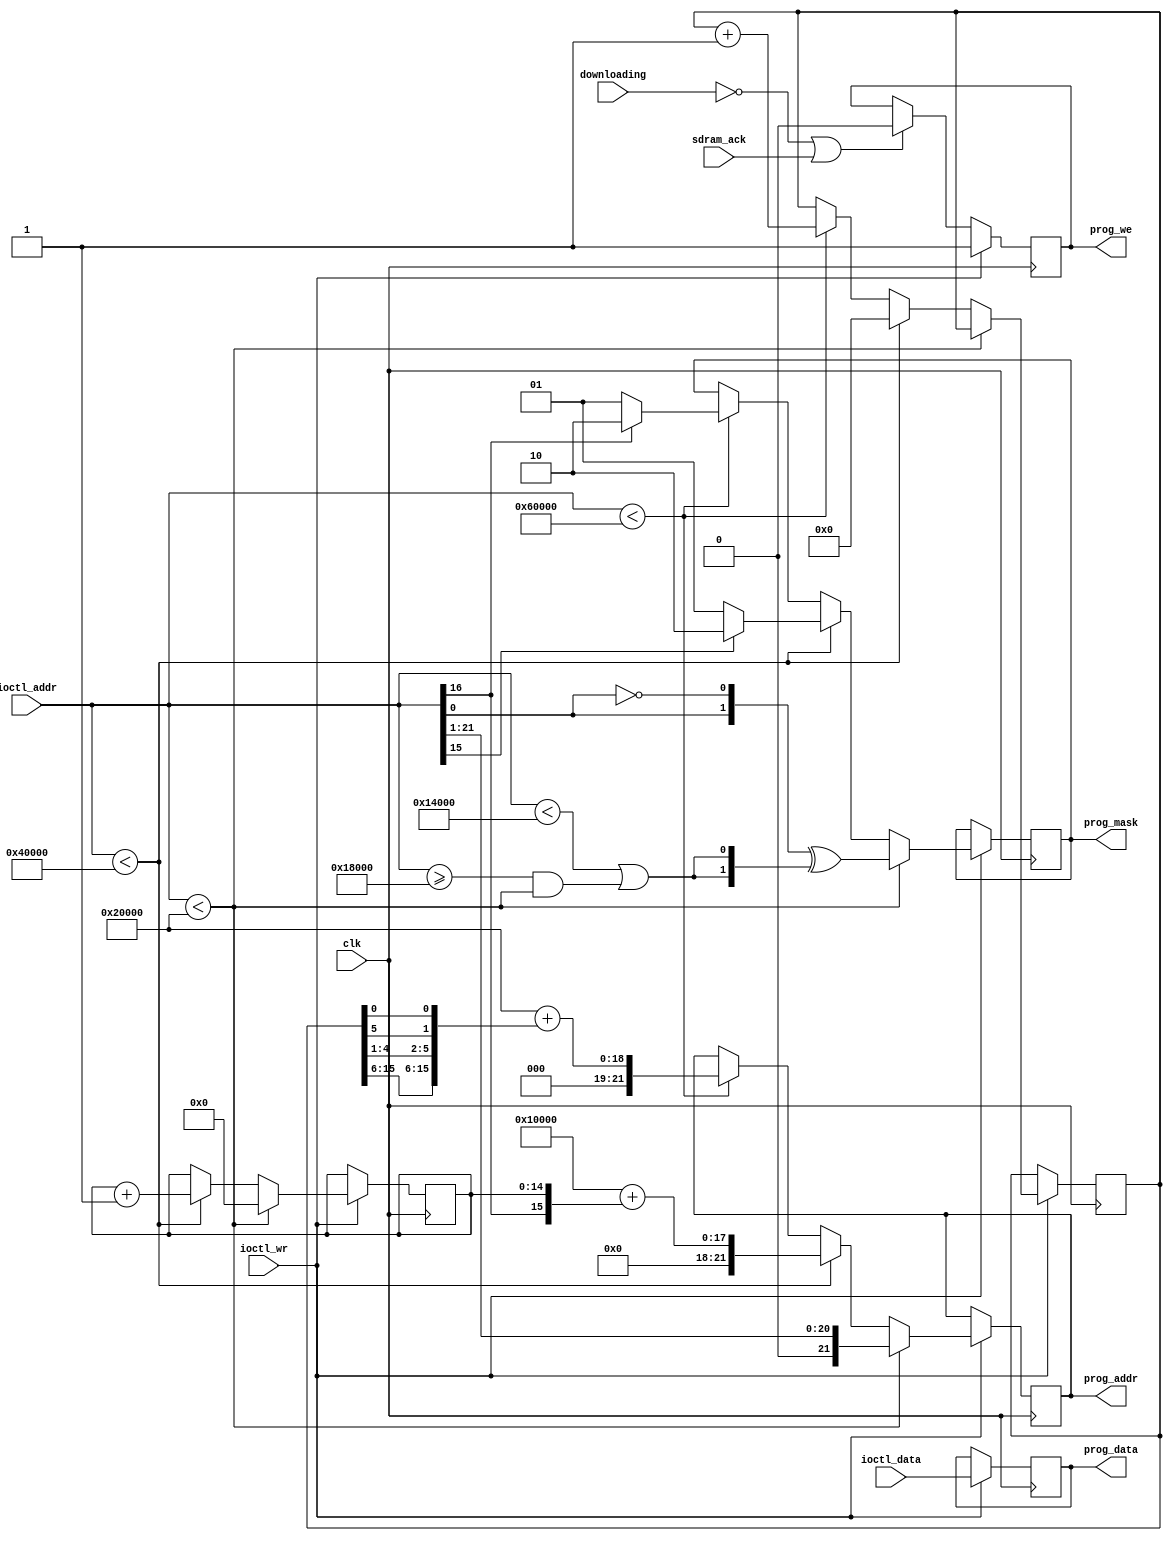
/*  This file is part of JT_GNG.
    JT_GNG program is free software: you can redistribute it and/or modify
    it under the terms of the GNU General Public License as published by
    the Free Software Foundation, either version 3 of the License, or
    (at your option) any later version.

    JT_GNG program is distributed in the hope that it will be useful,
    but WITHOUT ANY WARRANTY; without even the implied warranty of
    MERCHANTABILITY or FITNESS FOR A PARTICULAR PURPOSE.  See the
    GNU General Public License for more details.

    You should have received a copy of the GNU General Public License
    along with JT_GNG.  If not, see <http://www.gnu.org/licenses/>.

    Author: Jose Tejada Gomez. Twitter: @topapate
    Version: 1.0
    Date: 8-8-2019 */


module jtgng_prom_we(
    input                clk,
    input                downloading,
    input      [21:0]    ioctl_addr,
    input      [ 7:0]    ioctl_data,
    input                ioctl_wr,
    output reg [21:0]    prog_addr,
    output reg [ 7:0]    prog_data,
    output reg [ 1:0]    prog_mask, // active low
    output reg           prog_we,
    input                sdram_ack
    // output reg [ 5:0]    prom_we
);
//                     Starts at
// MAIN                   00000h
// CHAR                   14000h
// SOUND                  18000h
// SCROLL X               20000h
// SCROLL Z               28000h
// SCROLL Y               30000h
// SCROLL Y(2)            38000h
// Objects ZY             40000h
// Objects XW             50000h
// ROM length 60000h

localparam 
    CHARADDR = 22'h1_4000,
    SNDADDR  = 22'h1_8000, 

    SCRXADDR = 22'h2_0000,
    SCRZADDR = 22'h2_8000,
    SCRYADDR = 22'h3_0000,
    SCRZADDR2= 22'h3_8000,

    OBJZADDR = 22'h4_0000,
    OBJXADDR = 22'h5_0000,

    ROMEND   = 22'h6_0000;

`ifdef SIMULATION
wire region0_main  = ioctl_addr < SNDADDR;
wire region1_snd   = ioctl_addr < CHARADDR;
wire region2_char  = ioctl_addr < SCRXADDR;
wire region3_scrx  = ioctl_addr < SCRZADDR;
wire region4_scrz  = ioctl_addr < SCRYADDR;
wire region5_scry  = ioctl_addr < SCRZADDR2;
wire region6_scrz2 = ioctl_addr < OBJZADDR;
wire region7_objzy = ioctl_addr < OBJXADDR;
wire region8_objxw = ioctl_addr < ROMEND;
`endif

// offset the SDRAM programming address by 
reg [14:0] scr_offset=15'd0;
reg [15:0] obj_offset=16'd0;

// reg set_strobe, set_done;
// reg [5:0] prom_we0 = 6'd0;
// 
// always @(posedge clk) begin
//     prom_we <= 6'd0;
//     if( set_strobe ) begin
//         prom_we <= prom_we0;
//         set_done <= 1'b1;
//     end else if(set_done) begin
//         set_done <= 1'b0;
//     end
// end

wire inmain = ioctl_addr < CHARADDR;
wire insnd  = ioctl_addr >= SNDADDR && ioctl_addr < SCRXADDR;
wire incpu  = inmain | insnd;

always @(posedge clk) begin
    // if( set_done ) set_strobe <= 1'b0;
    if ( ioctl_wr ) begin
        prog_we   <= 1'b1;
        prog_data <= ioctl_data;
        if(ioctl_addr < SCRXADDR) begin // Main ROM (regular copy)
            prog_addr <= {1'b0, ioctl_addr[21:1]};
            prog_mask <= {ioctl_addr[0], ~ioctl_addr[0]} ^ {2{incpu}};
            scr_offset <= 15'd0;
        end
        else if(ioctl_addr < SCRXADDR) begin // CHAR ROM (regular copy)
            prog_addr <= {1'b0, ioctl_addr[21:1]};
            prog_mask <= {ioctl_addr[0], ~ioctl_addr[0]};
            scr_offset <= 15'd0;
        end
        else if(ioctl_addr < OBJZADDR ) begin // Scroll    
            prog_mask <= ioctl_addr[15] ? 2'b10 : 2'b01;
            prog_addr <= (SCRXADDR>>1) +
                { 6'd0, ioctl_addr[16], scr_offset }; // original bit order
            scr_offset <= scr_offset+14'd1;
            obj_offset <= 16'd0;
        end
        else if(ioctl_addr < ROMEND ) begin // Objects
            prog_mask  <= ioctl_addr[16] ? 2'b10 : 2'b01;
            prog_addr  <= (OBJZADDR>>1) + 
                { 6'd0, {obj_offset[15:6], obj_offset[4:1], obj_offset[5], obj_offset[0] } };
            obj_offset <= obj_offset+16'd1;
        end
    end
    else if(!downloading || sdram_ack) begin
        prog_we  <= 1'b0;
        // prom_we0 <= 6'd0;
    end
end

endmodule // jtframe_promprog